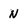
Character: n